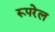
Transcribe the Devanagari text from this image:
रूपरेल